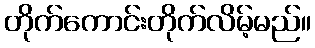
တိုက်ကောင်းတိုက်လိမ့်မည်။